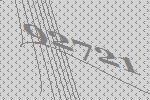
92721